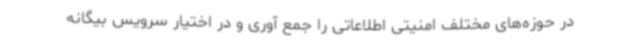
در حوزه‌های مختلف امنیتی اطلاعاتی را جمع آوری و در اختیار سرویس بیگانه